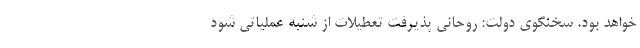
خواهد بود. سخنگوی دولت: روحانی پذیرفت تعطیلات از شنبه عملیاتی شود